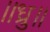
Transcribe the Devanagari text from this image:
॥ध्रु॥